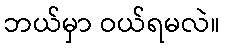
ဘယ်မှာ ဝယ်ရမလဲ။